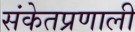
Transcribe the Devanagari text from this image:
संकेतप्रणाली